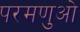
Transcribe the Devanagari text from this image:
परमणुओ